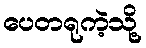
ပေတရုကဲ့သို့